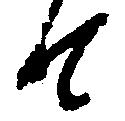
て